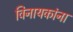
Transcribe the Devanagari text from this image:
विनायकांना